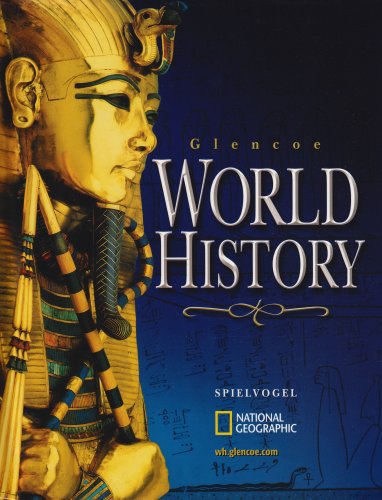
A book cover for Glencoe World History; Jackson J. Spielvogel; Teen & Young Adult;